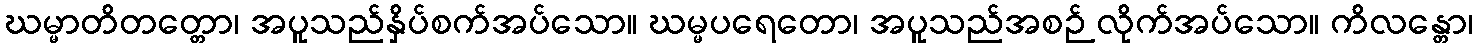
ဃမ္မာတိတတ္တော၊ အပူသည်နှိပ်စက်အပ်သော။ ဃမ္မပရေတော၊ အပူသည်အစဉ် လိုက်အပ်သော။ ကိလန္တော၊